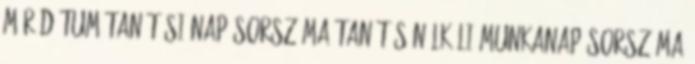
már dátum tanítási nap sorszáma tanítás nélküli munkanap sorszáma